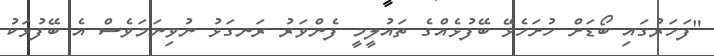
"ފަހަރުގައި ބޯޑަށް ހުށަހެޅޭ ބޭފުޅެއްގެ ތައުލީމީ ފެންވަރު ރަނގަޅު ނުވިނަމަވެސް އެ ބޭފުޅަކު